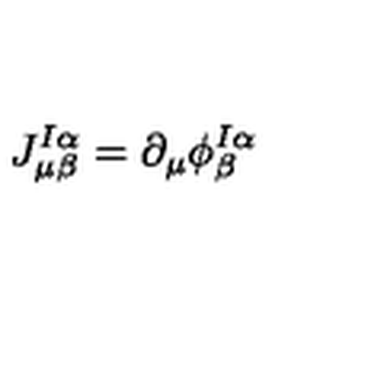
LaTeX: J _ { \mu \beta } ^ { I \alpha } = \partial _ { \mu } \phi _ { \beta } ^ { I \alpha }